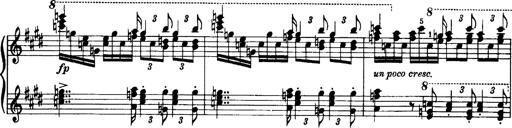
Title: OuvertÃ¼re zu TannhÃ¤user
Composer: Franz Liszt